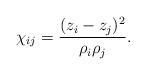
LaTeX: \begin{align*}\chi_{ij}={(z_i-z_j)^2\over\rho_i\rho_j}. \end{align*}